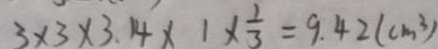
3 \times 3 \times 3 . 1 4 \times 1 \times \frac { 1 } { 3 } = 9 . 4 2 ( c m ^ { 3 } )